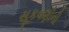
સૂકવણીની